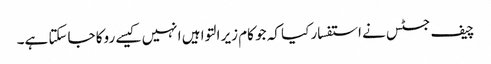
چیف جسٹس نے استفسار کیا کہ جو کام زیر التوا ہیں انہیں کیسے روکا جاسکتا ہے۔